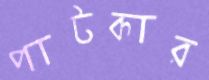
পাটকার